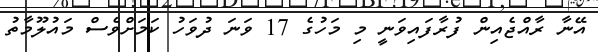
އޭނާ ރާއްޖެއިން ފުރާފައިވަނީ މި މަހުގެ 17 ވަނަ ދުވަހު ކަމަށްވެސް މައުލޫމާތު